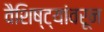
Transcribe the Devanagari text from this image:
वैशिष्ट्यांवरून